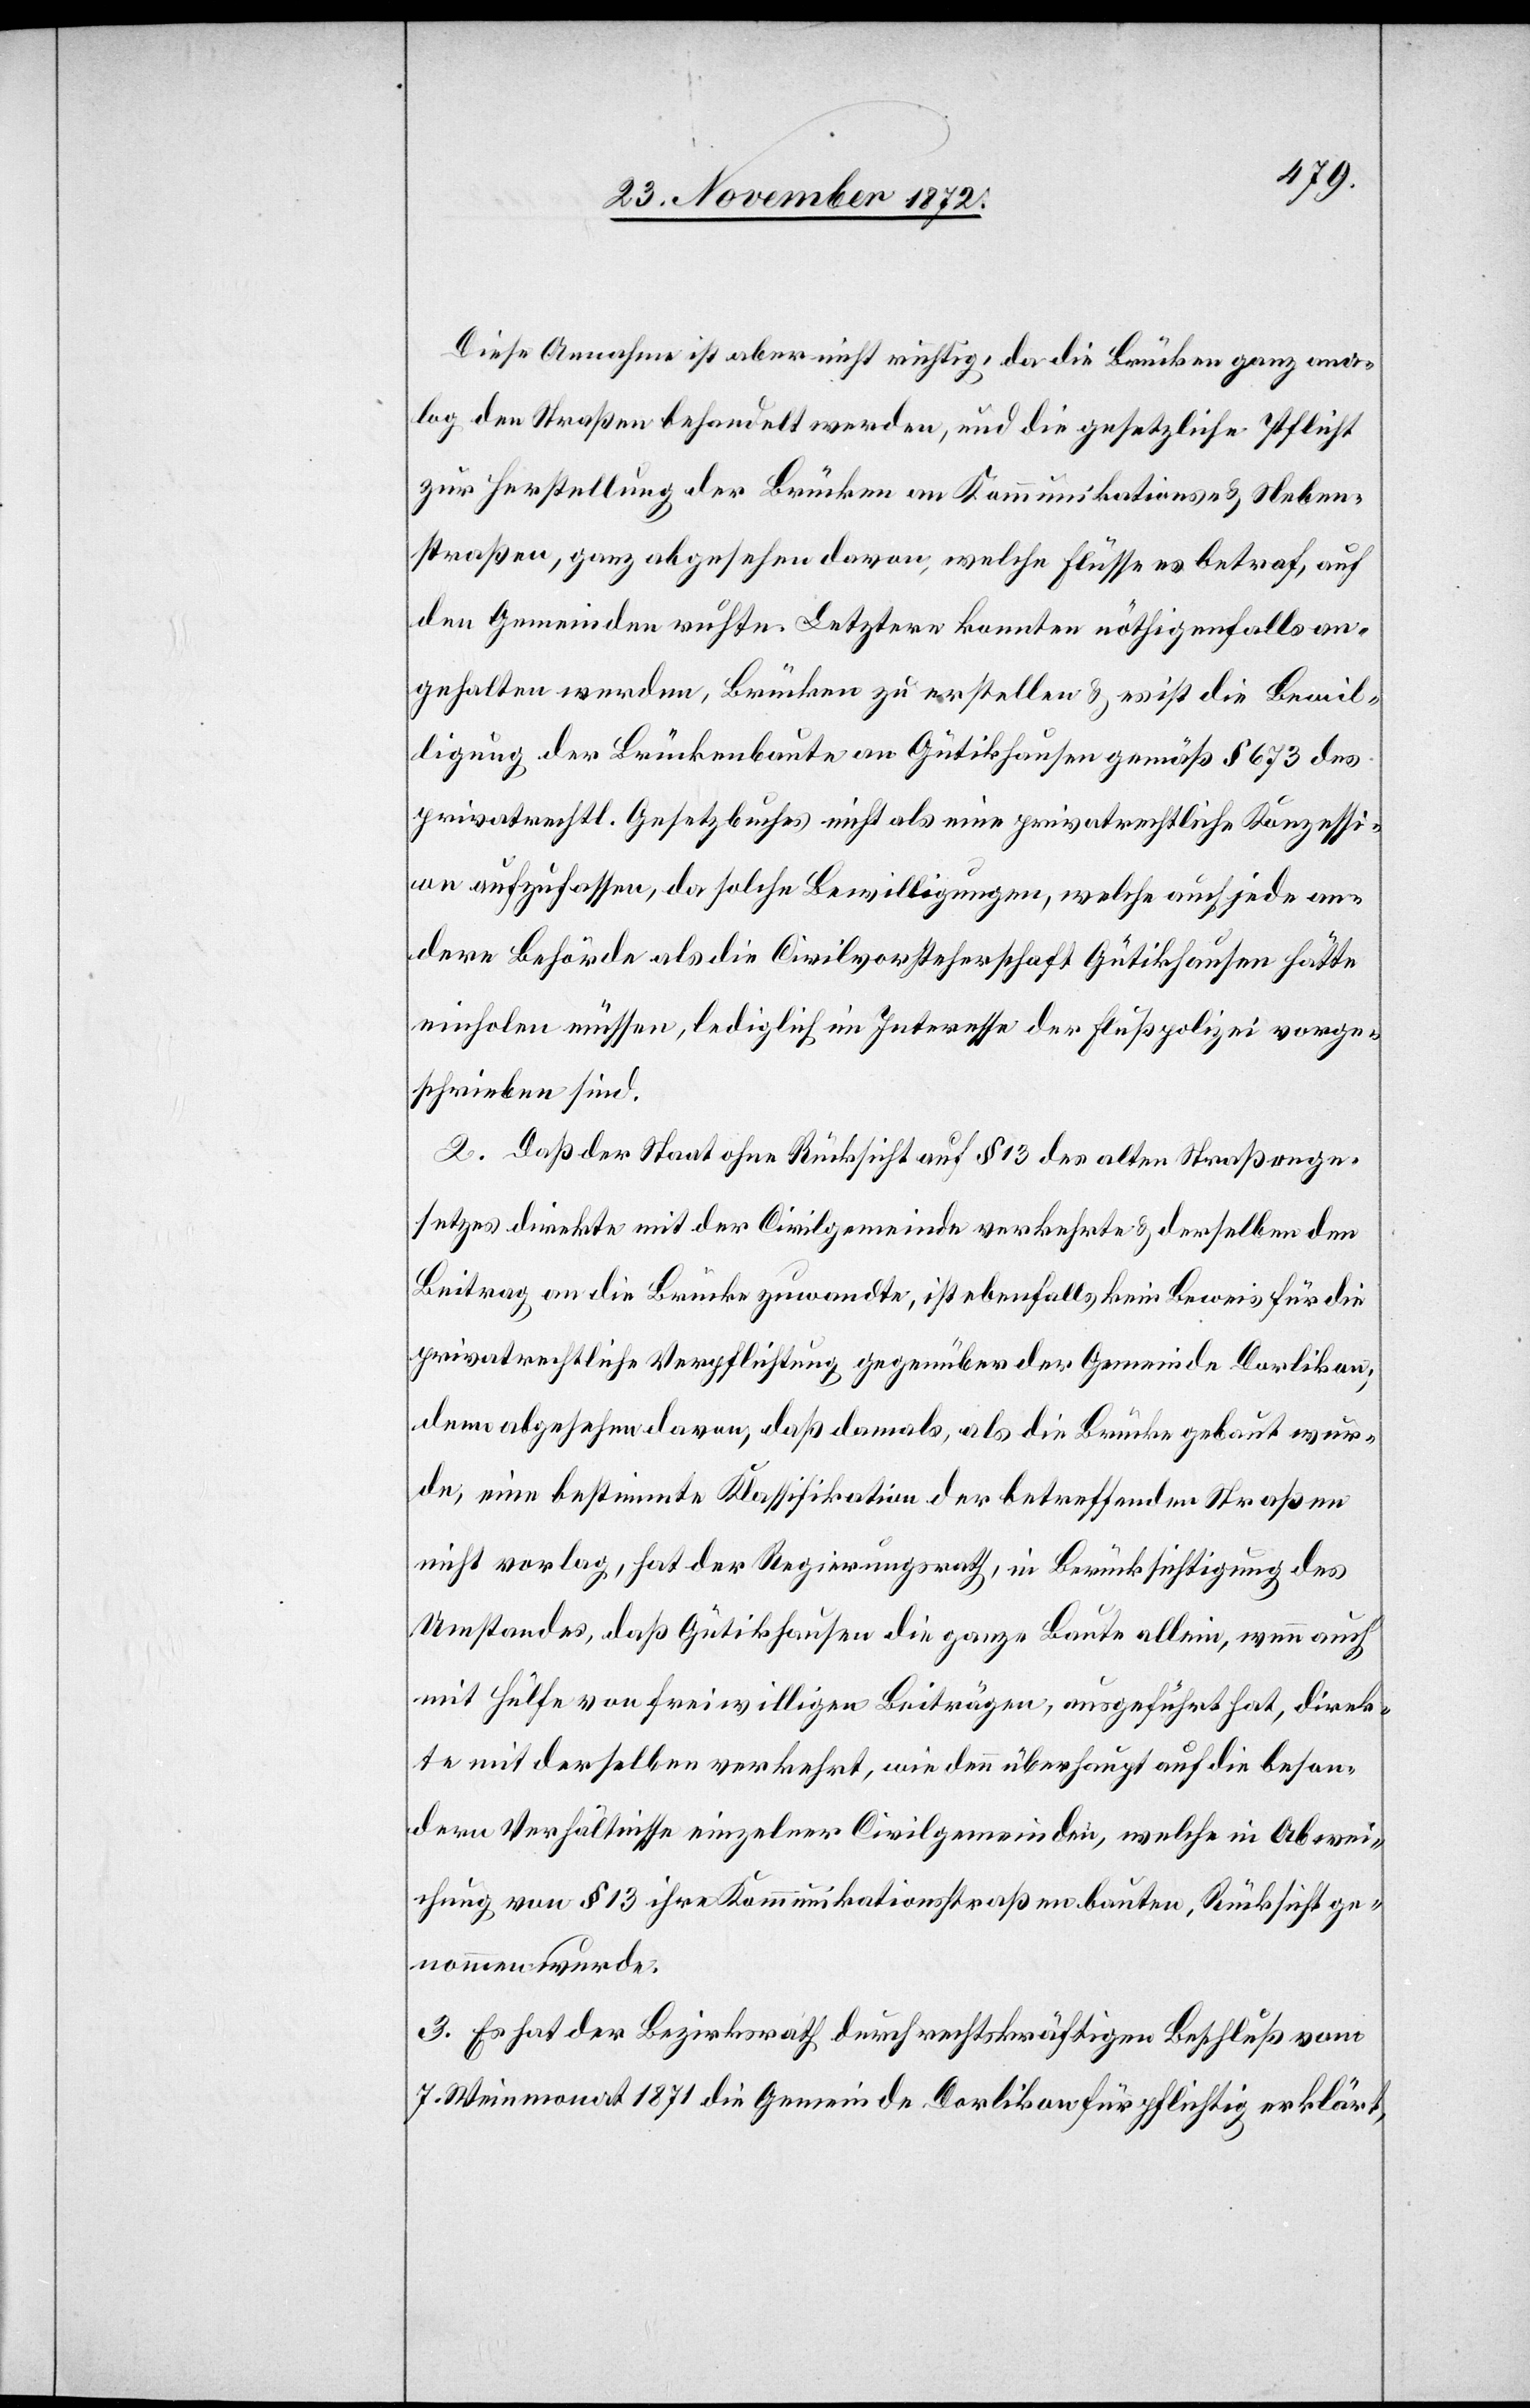
Diese Annahme ist aber nicht richtig, da die Brücken ganz ana¬
log den Straßen behandelt werden, und die gesetzliche Pflicht
zur Herstellung der Brücken an Kommunikations- u. Neben¬
straßen, ganz abgesehen davon, welche Flüsse es betraf, auf
den Gemeinden ruhte. Letztere konnten nöthigenfalls an¬
gehalten werden, Brücken zu erstellen u. es ist die Bewil¬
ligung der Brückenbaute an Gütikhausen gemäß § 673 des
privatrechtl. Gesetzbuches nicht als eine privatrechtliche Konzessi¬
on aufzufassen, da solche Bewilligungen, welche auch jede an¬
dere Behörde als die Civilvorsteherschaft Gütikhausen hätte
einholen müssen, lediglich im Interesse der Flußpolizei vorge¬
schrieben sind.
2. Daß der Staat ohne Rücksicht auf § 13 des alten Straßenge¬
setzes direkte mit der Civilgemeinde verkehrte u. derselben den
Beitrag an die Brücke zuwandte, ist ebenfalls kein Beweis für die
privatrechtliche Verpflichtung gegenüber der Gemeinde Dorlikon;
denn abgesehen davon, daß damals, als die Brücke gebaut wur¬
de, eine bestimmte Klassifikation der betreffenden Straßen
nicht vorlag, hat der Regierungsrath, in Berücksichtigung des
Umstandes, daß Gütikhausen die ganze Baute allein, wenn auch
mit Hülfe von freiwilligen Beiträgen, ausgeführt hat, direk¬
te mit derselben verkehrt, wie denn überhaupt auf die beson¬
dern Verhältnisse einzelner Civilgemeinden, welche in Abwei¬
chung von § 13 ihre Kommunikationsstraßen bauten, Rücksicht ge¬
nommen wurde.
3. Es hat der Bezirksrath durch rechtskräftigen Beschluß vom
7. Weinmonat 1871 die Gemeinde Dorlikon für pflichtig erklärt,